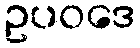
ဥပဝဒေ